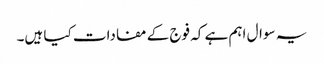
یہ سوال اہم ہے کہ فوج کے مفادات کیا ہیں۔